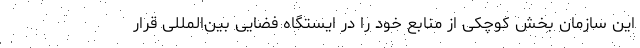
این سازمان بخش کوچکی از منابع خود را در ایستگاه فضایی بین‌المللی قرار